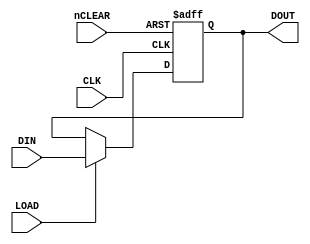
`timescale 1ns/1ns

module KREG(
	CLK,
	nCLEAR,
	DIN,
	LOAD,
	DOUT
);

parameter integer width = 4;

input CLK;
input nCLEAR;
input [width-1:0] DIN;
input LOAD;
output reg [width-1:0] DOUT;

always @(posedge CLK or negedge nCLEAR) begin
	if (!nCLEAR) begin
		DOUT <= {width{1'b0}};
	end else begin
		if (LOAD)
			DOUT <= DIN;
	end
end

endmodule

/*module KREG(
	input CLK,
	input nCLEAR,
	input [3:0] DIN,
	input LOAD,
	output reg [3:0] DOUT
);

	always @(posedge CLK or negedge CLEAR) begin
		if (!nCLEAR) begin
			DOUT <= 4'b0000;
		end else begin
			if (LOAD)
				DOUT <= DIN;
		end
	end

endmodule*/